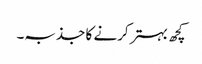
کچھ بہتر کرنے کا جذبہ۔